Problem: 5 × 8 = ?
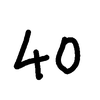
Handwritten answer: 40